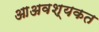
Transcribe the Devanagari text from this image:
आअवश्यकत